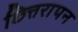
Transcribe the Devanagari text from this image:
छित्तरापन